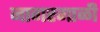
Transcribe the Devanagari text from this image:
नागरगाळी